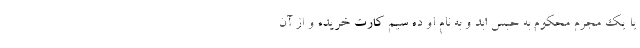
یا یک مجرم محکوم به حبس ابد و به نام او ده سیم کارت خریده و از آن